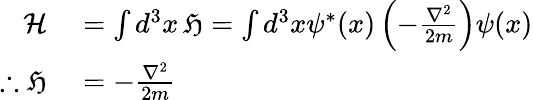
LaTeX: \begin{array}{rl}{{\mathcal{H}}}&{{}=\int d^{3}x\, {\mathfrak{H}}=\int d^{3}x\psi^{*}(x)\left(-{\frac{\nabla^{2}}{2m}}\right)\psi(x)}\\ {\therefore{\mathfrak{H}}}&{{}=-{\frac{\nabla^{2}}{2m}}}\end{array}